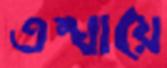
তম্ঘায়ে